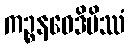
ကဉ္စနဝေဒိမိဿံ